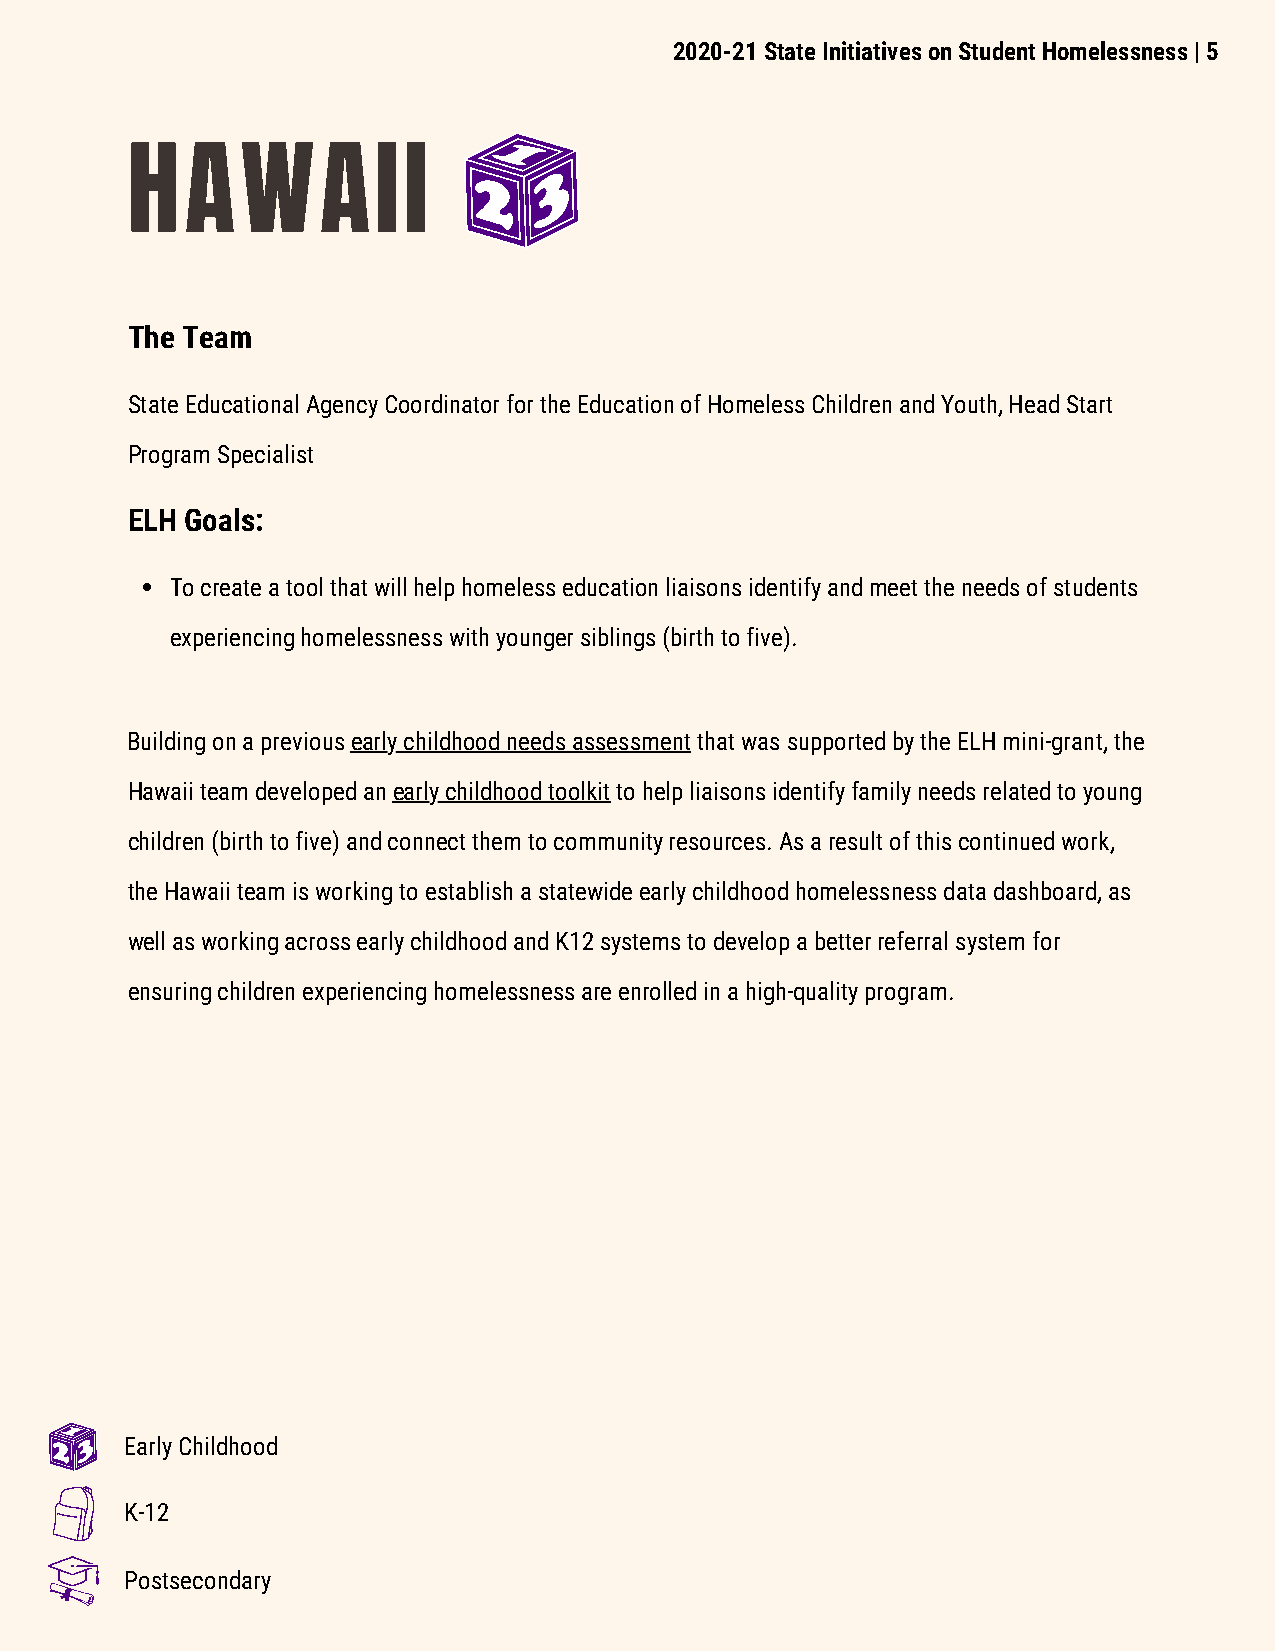
2020-21 State Initiatives on Student Homelessness | 5
 HAWAII
 The Team
 State Educational Agency Coordinator for the Education of Homeless Children and Youth, Head Start
 Program Specialist
 ELH Goals:
 To create a tool that will help homeless education liaisons identify and meet the needs of students
 experiencing homelessness with younger siblings (birth to five).
 Building on a previous early childhood needs assessment that was supported by the ELH mini-grant, the
 Hawaii team developed an early childhood toolkit to help liaisons identify family needs related to young
 children (birth to five) and connect them to community resources. As a result of this continued work,
 the Hawaii team is working to establish a statewide early childhood homelessness data dashboard, as
 well as working across early childhood and K12 systems to develop a better referral system for
 ensuring children experiencing homelessness are enrolled in a high-quality program.
 Early Childhood
 K-12
 Postsecondary